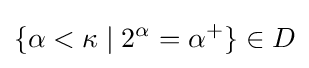
\{\alpha <\kappa \mid 2^{\alpha }=\alpha ^{+}\}\in D